Tezpur Lunatic Asylum reports 1877-1894 - 1877-1894
Year: 1877
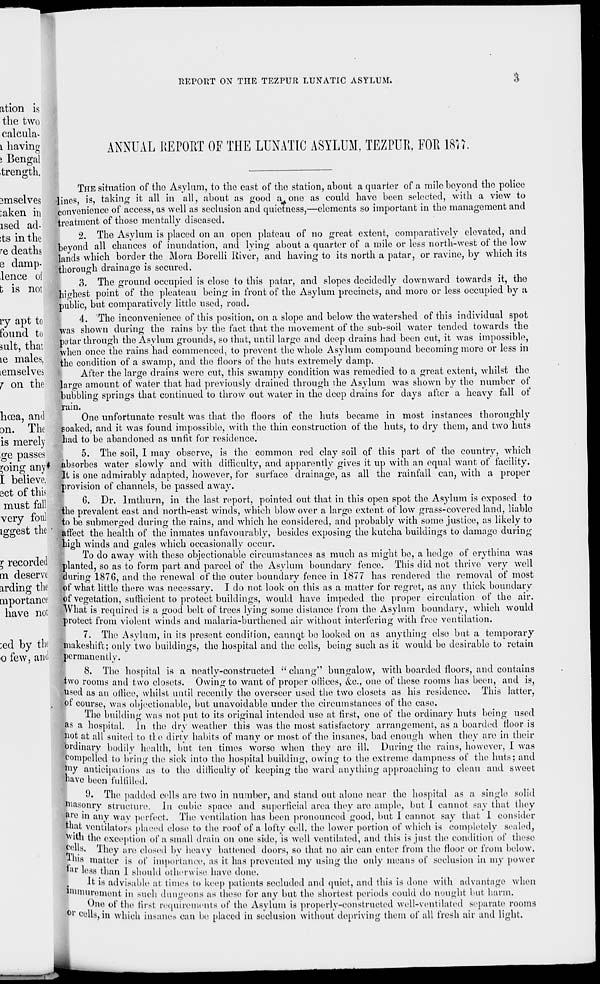
REPORT ON THE TEZPUR LUNATIC ASYLUM.
ation is
the two
calcula-
1 having
i Bengal
trength.
smselves
:aken in
ised ad-
its in the
re deaths
e damp-
lence of
b is not
ry apt to
found to
suit, that
le males,
lemselves
j on the
hcea, and
on. The
is merely
ge passes
^'oing any*
I believe,
act of this
must fall
very foul
iggest the
5 recorded
m deserve
arding the
Qiportance
have not
;ed by the
o few, and
ANNUAL REPORT OF THE LUNATIC ASYLUM, TEZPUR, FOR \m.
THE situation of the Asylum, to the east of the station, about a quarter of a mile beyond the police
•lines, is, taking it all in all, about as good a one as could have been selected, with a view to
convenience of access, as well as seclusion and quietness,—elements so important in the management and
treatment of those mentally diseased.
2. The Asylum is placed on an open plateau of no great extent, comparatively elevated, and
beyond all chances of inundation, and lying about a quarter of a mile or less north-west of the low
lands which border the Mora Borelli Uiver, and having to its north a patar, or ravine, by which its
thorough drainage is secured.
3. The ground occupied is close to this patar, and slopes decidedly downward towards it, the
highest point of the pleateau being in front of the Asylum precincts, and more or less occupied by a
public, but comparatively little used, road.
4. The inconvenience of this position, on a slope and below the watershed of this individual spot
was shown during the rains by the fact that the movement of the sub-soil water tended towards the
potar through the Asylum grounds, so that, until large and deep drains had been cut, it was impossible,
when once the rains had commenced, to prevent the whole Asylum compound becoming more or less in
the condition of a swamp, and the floors of the huts extremely damp.
After the large drains were cut, this swampy condition was remedied to a great extent, whilst the
large amount of water that had previously drained through the Asylum was shown by the number of
bubbling springs that continued to throw out water in the deep drains for days after a heavy fall of
rain.
One unfortunate result was that the floors of the huts became in most instances thoroughly-
soaked, and it was found impossible, with the thin construction of the huts, to dry them, and two huts
had to be abandoned as unfit for residence.
5. The soil, 1 may observe, is the common red clay soil of this part of the country, which
i ahsorbes water slowly and with difficulty, and apparently gives it up with an equal want of facility.
It is one admirably adapted, however, for surface drainage, as all the rainfall can, with a proper
provision of channels, be passed away.
G. Dr. lmthurn, in the last report, pointed out that in this open spot the Asylum is exposed to
the prevalent east and north-east w r inds, which blow over a large extent of low grass-covered land, liable
to be submerged during the rains, and which he considered, and probably with some justice, as likely to
affect the health of the inmates unfavourably, besides exposing the kutcha buildings to damage during
high winds and gales which occasionally occur.
To do away with these objectionable circumstances as much as might bo, a hedge of erythina was
planted, so as to form part and parcel of the Asylum boundary fence. This did not thrive very well
during 1876, and the renewal of the outer boundary fence in 1877 has rendered the removal of most
of what little there was necessary. I do not look on this as a matter for regret, as any thick boundary
of vegetation, sufficient to protect buildings, would have impeded the proper circulation of the air.
What is required is a good belt of trees lying some distance from the Asylum boundary, which would
protect from violent winds and malaria-burthened air without interfering with free ventilation.
7. The Asylum, in its present condition, cannot be looked on as anything else but a temporary
makeshift; only two buildings, the hospital and the cells, being such as it would be desirable to retain
permanently. "
8. The hospital is a neatly-constructed " chang" bungalow, with boarded floors, and contains
iiwo rooms and two closets. Owing to want of proper offices, &c, one of these rooms has been, and is,
used as an office, whilst until recently tho overseer used the two closets as his residence. This latter,
ot course, was objectionable, but unavoidable under the circumstances of the case.
The building was not put to its original intended use at first, one of the ordinary huts being used
as a hospital, In the dry weather this was the most satisfactory arrangement, as a boarded floor is
|lot at all suited to tie dirty habits of many or most of the insanes, bad enough when they are in their
ordinary bodily health, but ten times worse when they are ill. During the rains, however, I was
compelled to bring the sick into the hospital building, owing to the extreme dampness of the huts; and
*}ny anticipations as to the difficulty of keeping the ward anything approaching to clean and sweet
have been fulfilled.
9. The padded colls are two in number, and stand out alone near tho hospital as a single solid
masonry structure, in cubic space and superficial area they are ample, but 1 cannot say that they
pre in any way perfect. The ventilation has been pronounced good, but I cannot say that I consider
.at ventilators placed close to the roof of a lofty cell, the lower portion of which is completely sealed,
"with the exception of a small drain on one side, is well ventilated, and this is just the condition of these;
jjolls. They are closed by heavy battened doors, so that no air can enter from the floor or from below.
"is matter is ot* importance, as it has prevented my using the only means of seclusion in my power
»ar less than 1 should otherwise have done.
It is advisable ai times to keep patients secluded and quiet, and this is done with advantage when
'"inurement in such dungeons as these for any but the shortest periods could do nought but harm.
One of the fust requirements of the Asylum is properly-constructed well-ventilated separate rooms
1 CellB, in which insanes can be placed in seclusion without depriving them of all fresh air and light.